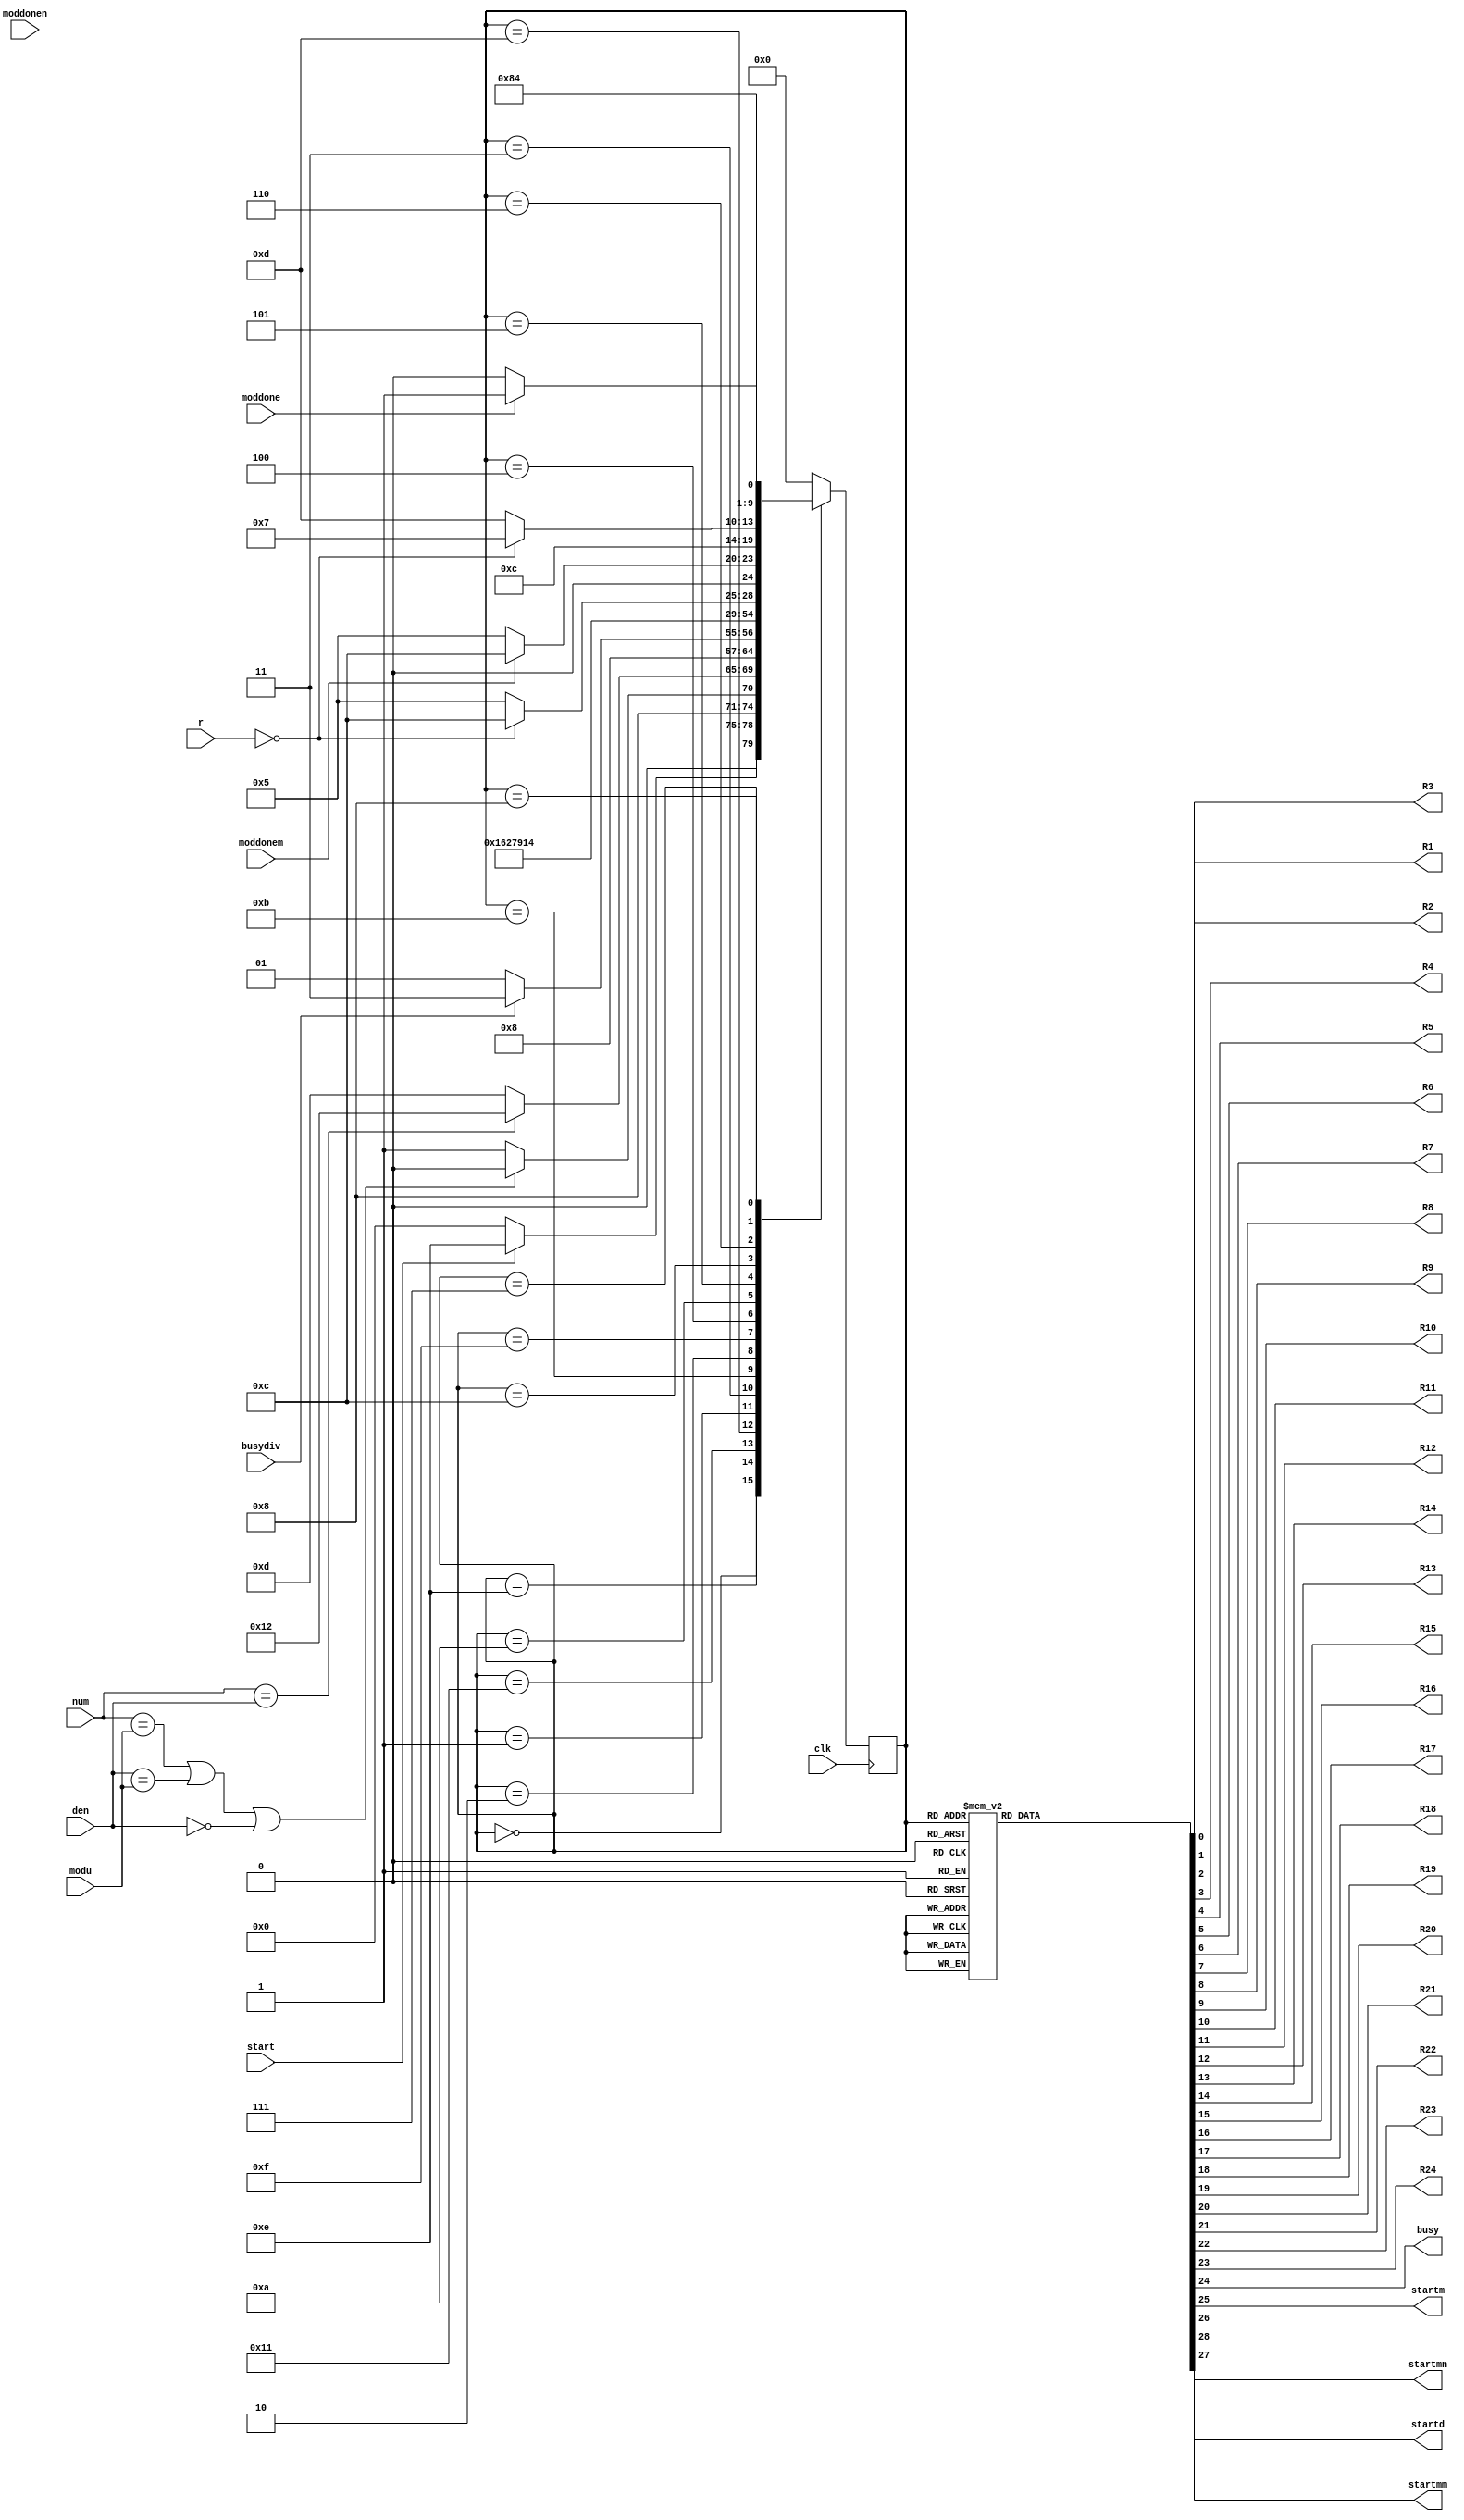
`timescale 1ns / 1ps
//////////////////////////////////////////////////////////////////////////////////
// Company: 
// Engineer: 
// 
// Design Name: 
// Module Name: Fracmod_FSM
// Project Name: 
// Target Devices: 
// Tool Versions: 
// Description: 
// 
// Dependencies: 
// 
// Revision:
// Revision 0.01 - File Created
// Additional Comments:
// 
//////////////////////////////////////////////////////////////////////////////////


module Fracmod_FSM(
    input clk,
    input start,busydiv, moddone, moddonem, moddonen,
    input [11:0] modu,
    input [12:0] num,
    input [12:0] den,
    input [12:0]r,   
    output reg R1, R2, R3, R4, R5, R6,R7, R8,R9, R10,R11, R12,R13, R14, R15, R16,R17, R18,R19,  R20, R21,R22,R23,R24,
    output reg busy,startm,startd,startmm, startmn
    );
    
    parameter Inicio  = 5'b00000;
    parameter preg1= 5'b01110;
    parameter salidaI=5'b10000;
    parameter preg2= 5'b10001;
    parameter salidaT=5'b10010;
    parameter div =5'b00001;
    parameter muln = 5'b00010;
    parameter mulm =5'b00011;
    parameter as1= 5'b00100;
    parameter preg= 5'b01010;
    parameter Mod1 = 5'b00101;
    parameter temp4= 5'b01100;
    parameter as2 = 5'b00110;
    parameter temp= 5'b01101;
    parameter temp2= 5'b01011;
    parameter temp3= 5'b01111;
    parameter as3 = 5'b00111;
    parameter Mod2 = 5'b01000;
    parameter salida = 5'b01001;


    reg [4:0] presente = Inicio; // Registro de Estado - Valor inicial
    reg [4:0] futuro;            // Entrada del registro de Estado

    // Registro de estado 
    always @(posedge clk)
        presente <= futuro;

    // Lgica del estado siguiente
    always @(presente, r, start,busydiv, moddone, moddonem, modu, num, den)
        case (presente)
            Inicio :
                if(start)
                    futuro <= preg1;            
                else
                    futuro <= Inicio;
            preg1:
                 if(num==modu || den==modu || den==11'd0)
                    futuro <= salidaI;            
                else
                    futuro <= preg2;
            salidaI:
                futuro <= Inicio;
            preg2:
                 if(num==den)
                    futuro <= salidaT;            
                else
                    futuro <= temp;
            salidaT:
                 futuro <= Inicio;                  
            temp: 
                futuro <= div;
            div:
                if(busydiv)
                    futuro <= mulm;                
                else
                    futuro <= div;
            mulm:
                 futuro <= temp2;
            temp2:
                futuro <= muln;
            muln:
                 futuro <= temp3;
           temp3:
                 futuro <= as1;            
            as1:
                futuro<=preg;
            preg:
                if(r==0)
                    futuro <= temp4;
                else
                    futuro <= Mod1;
            Mod1:
                if(moddonem)
                    futuro <= temp4;
                else
                    futuro <= Mod1;
            temp4:
                 futuro<=as2;
            as2:
                if(r==0)
                    futuro <= as3;
                else
                    futuro <= temp;
            as3:
                    futuro <= Mod2;
            Mod2:
                if(moddone)
                    futuro <= salida;
                else
                    futuro <= Mod2;
            salida:
                futuro <= Inicio; 
            default:
                futuro <= Inicio;
        endcase
    
    // Lgica de salida
    always @(presente)
        case (presente)
            Inicio : begin
                R1 <= 1'b0;
                R2 <= 1'b0;
                R3 <= 1'b0;
                R4 <= 1'b0;
                R5 <= 1'b0;
                R6 <= 1'b0;
                R7 <= 1'b0;
                R8 <= 1'b0;
                R9 <= 1'b0;
                R10 <= 1'b0;
                R11 <= 1'b0;
                R12 <= 1'b0;
                R13 <= 1'b1;
                R14 <= 1'b1;
                R15 <= 1'b1;
                R16 <= 1'b1;
                R17 <= 1'b1;
                R18 <= 1'b1;
                R19 <= 1'b1;
                R20 <= 1'b1;
                R21 <= 1'b1;
                R22 <= 1'b1;
                R23 <= 1'b1;
                R24 <= 1'b1;
                busy <= 1'b0;
                startm <= 1'b0;
                startd <= 1'b0;
                startmn <= 1'b0;
                startmm <= 1'b0;
            end
            preg1: begin
                R1 <= 1'b1;
                R2 <= 1'b0;
                R3 <= 1'b1;
                R4 <= 1'b0;
                R5 <= 1'b1;
                R6 <= 1'b0;
                R7 <= 1'b1;
                R8 <= 1'b0;
                R9 <= 1'b1;
                R10 <= 1'b0;
                R11 <= 1'b1;
                R12 <= 1'b0;
                R13 <= 1'b1;
                R14 <= 1'b1;
                R15 <= 1'b1;
                R16 <= 1'b1;
                R17 <= 1'b1;
                R18 <= 1'b1;
                R19 <= 1'b1;
                R20 <= 1'b0;
                R21 <= 1'b0;
                R22 <= 1'b0;
                R23 <= 1'b0;
                R24 <= 1'b0;
                busy <= 1'b0;
                startm <= 1'b0;
                startd <= 1'b0;
                startmn <= 1'b0;
                startmm <= 1'b0; 
            end 
            salidaI: begin
                R1 <= 1'b1;
                R2 <= 1'b0;
                R3 <= 1'b1;
                R4 <= 1'b0;
                R5 <= 1'b1;
                R6 <= 1'b0;
                R7 <= 1'b1;
                R8 <= 1'b0;
                R9 <= 1'b1;
                R10 <= 1'b0;
                R11 <= 1'b1;
                R12 <= 1'b0;
                R13 <= 1'b1;
                R14 <= 1'b1;
                R15 <= 1'b1;
                R16 <= 1'b1;
                R17 <= 1'b1;
                R18 <= 1'b1;
                R19 <= 1'b1;
                R20 <= 1'b0;
                R21 <= 1'b0;
                R22 <= 1'b0;
                R23 <= 1'b1;
                R24 <= 1'b0;
                busy <= 1'b1;
                startm <= 1'b0;
                startd <= 1'b0;
                startmn <= 1'b0;
                startmm <= 1'b0; 
            end 
            preg2: begin
                R1 <= 1'b1;
                R2 <= 1'b0;
                R3 <= 1'b1;
                R4 <= 1'b0;
                R5 <= 1'b1;
                R6 <= 1'b0;
                R7 <= 1'b1;
                R8 <= 1'b0;
                R9 <= 1'b1;
                R10 <= 1'b0;
                R11 <= 1'b1;
                R12 <= 1'b0;
                R13 <= 1'b1;
                R14 <= 1'b1;
                R15 <= 1'b1;
                R16 <= 1'b1;
                R17 <= 1'b1;
                R18 <= 1'b1;
                R19 <= 1'b1;
                R20 <= 1'b0;
                R21 <= 1'b0;
                R22 <= 1'b0;
                R23 <= 1'b0;
                R24 <= 1'b0;
                busy <= 1'b0;
                startm <= 1'b0;
                startd <= 1'b0;
                startmn <= 1'b0;
                startmm <= 1'b0; 
            end 
            salidaT: begin
                R1 <= 1'b1;
                R2 <= 1'b0;
                R3 <= 1'b1;
                R4 <= 1'b0;
                R5 <= 1'b1;
                R6 <= 1'b0;
                R7 <= 1'b1;
                R8 <= 1'b0;
                R9 <= 1'b1;
                R10 <= 1'b0;
                R11 <= 1'b1;
                R12 <= 1'b0;
                R13 <= 1'b1;
                R14 <= 1'b1;
                R15 <= 1'b1;
                R16 <= 1'b1;
                R17 <= 1'b1;
                R18 <= 1'b1;
                R19 <= 1'b1;
                R20 <= 1'b0;
                R21 <= 1'b0;
                R22 <= 1'b0;
                R23 <= 1'b0;
                R24 <= 1'b1;
                busy <= 1'b1;
                startm <= 1'b0;
                startd <= 1'b0;
                startmn <= 1'b0;
                startmm <= 1'b0; 
            end 
            temp: begin
                R1 <= 1'b1;
                R2 <= 1'b0;
                R3 <= 1'b1;
                R4 <= 1'b0;
                R5 <= 1'b1;
                R6 <= 1'b0;
                R7 <= 1'b1;
                R8 <= 1'b0;
                R9 <= 1'b1;
                R10 <= 1'b0;
                R11 <= 1'b1;
                R12 <= 1'b0;
                R13 <= 1'b1;
                R14 <= 1'b1;
                R15 <= 1'b1;
                R16 <= 1'b1;
                R17 <= 1'b1;
                R18 <= 1'b1;
                R19 <= 1'b1;
                R20 <= 1'b0;
                R21 <= 1'b0;
                R22 <= 1'b0;
                R23 <= 1'b0;
                R24 <= 1'b0;
                busy <= 1'b0;
                startm <= 1'b0;
                startd <= 1'b1;
                startmn <= 1'b0;
                startmm <= 1'b0; 
            end
            div : begin
                R1 <= 1'b1;
                R2 <= 1'b0;
                R3 <= 1'b1;
                R4 <= 1'b0;
                R5 <= 1'b1;
                R6 <= 1'b0;
                R7 <= 1'b1;
                R8 <= 1'b0;
                R9 <= 1'b1;
                R10 <= 1'b0;
                R11 <= 1'b1;
                R12 <= 1'b0;
                R13 <= 1'b0;
                R14 <= 1'b0;
                R15 <= 1'b1;
                R16 <= 1'b1;
                R17 <= 1'b1;
                R18 <= 1'b1;
                R19 <= 1'b1;
                R20 <= 1'b0;
                R21 <= 1'b0;
                R22 <= 1'b0;
                R23 <= 1'b0;
                R24 <= 1'b0;
                busy <= 1'b0;
                startm <= 1'b0;
                startd <= 1'b0;
                startmn <= 1'b0;
                startmm <= 1'b0; 
            end
            mulm: begin
                R1 <= 1'b1;
                R2 <= 1'b0;
                R3 <= 1'b1;
                R4 <= 1'b0;
                R5 <= 1'b1;
                R6 <= 1'b0;
                R7 <= 1'b1;
                R8 <= 1'b0;
                R9 <= 1'b1;
                R10 <= 1'b0;
                R11 <= 1'b1;
                R12 <= 1'b0;
                R13 <= 1'b1;
                R14 <= 1'b1;
                R15 <= 1'b1;
                R16 <= 1'b1;
                R17 <= 1'b1;
                R18 <= 1'b1;
                R19 <= 1'b0;
                R20 <= 1'b0;
                R21 <= 1'b0;
                R22 <= 1'b0;
                R23 <= 1'b0;
                R24 <= 1'b0;
                busy <= 1'b0;
                startm <= 1'b0;
                startd <= 1'b0;
                startmn <= 1'b0;
                startmm <= 1'b0; 
            end
            temp2:begin
                R1 <= 1'b1;
                R2 <= 1'b0;
                R3 <= 1'b1;
                R4 <= 1'b0;
                R5 <= 1'b1;
                R6 <= 1'b0;
                R7 <= 1'b1;
                R8 <= 1'b0;
                R9 <= 1'b1;
                R10 <= 1'b0;
                R11 <= 1'b1;
                R12 <= 1'b0;
                R13 <= 1'b1;
                R14 <= 1'b1;
                R15 <= 1'b1;
                R16 <= 1'b1;
                R17 <= 1'b1;
                R18 <= 1'b1;
                R19 <= 1'b0;
                R20 <= 1'b0;
                R21 <= 1'b0;
                R22 <= 1'b0;
                R23 <= 1'b0;
                R24 <= 1'b0;
                busy <= 1'b0;
                startm <= 1'b0;
                startd <= 1'b0;
                startmn <= 1'b0;
                startmm <= 1'b0; 
            end
            muln: begin
                R1 <= 1'b1;
                R2 <= 1'b0;
                R3 <= 1'b1;
                R4 <= 1'b0;
                R5 <= 1'b1;
                R6 <= 1'b0;
                R7 <= 1'b1;
                R8 <= 1'b0;
                R9 <= 1'b1;
                R10 <= 1'b0;
                R11 <= 1'b1;
                R12 <= 1'b0;
                R13 <= 1'b1;
                R14 <= 1'b1;
                R15 <= 1'b0;
                R16 <= 1'b0;
                R17 <= 1'b0;
                R18 <= 1'b1;
                R19 <= 1'b1;
                R20 <= 1'b0;
                R21 <= 1'b0;
                R22 <= 1'b0;
                R23 <= 1'b0;
                R24 <= 1'b0;
                busy <= 1'b0;
                startm <= 1'b0;
                startd <= 1'b0;
                startmn <= 1'b0;
                startmm <= 1'b0; 
            end
            temp3:begin
                R1 <= 1'b1;
                R2 <= 1'b0;
                R3 <= 1'b1;
                R4 <= 1'b0;
                R5 <= 1'b1;
                R6 <= 1'b0;
                R7 <= 1'b1;
                R8 <= 1'b0;
                R9 <= 1'b1;
                R10 <= 1'b0;
                R11 <= 1'b1;
                R12 <= 1'b0;
                R13 <= 1'b1;
                R14 <= 1'b1;
                R15 <= 1'b0;
                R16 <= 1'b0;
                R17 <= 1'b0;
                R18 <= 1'b1;
                R19 <= 1'b1;
                R20 <= 1'b0;
                R21 <= 1'b0;
                R22 <= 1'b0;
                R23 <= 1'b0;
                R24 <= 1'b0;
                busy <= 1'b0;
                startm <= 1'b0;
                startd <= 1'b0;
                startmn <= 1'b0;
                startmm <= 1'b0; 
            end
            as1: begin
                R1 <= 1'b1;
                R2 <= 1'b0;
                R3 <= 1'b1;
                R4 <= 1'b0;
                R5 <= 1'b1;
                R6 <= 1'b0;
                R7 <= 1'b1;
                R8 <= 1'b0;
                R9 <= 1'b1;
                R10 <= 1'b0;
                R11 <= 1'b1;
                R12 <= 1'b0;
                R13 <= 1'b1;
                R14 <= 1'b1;
                R15 <= 1'b0;
                R16 <= 1'b0;
                R17 <= 1'b1;
                R18 <= 1'b1;
                R19 <= 1'b1;
                R20 <= 1'b0;
                R21 <= 1'b0;
                R22 <= 1'b0;
                R23 <= 1'b0;
                R24 <= 1'b0;
                busy <= 1'b0;
                startm <= 1'b0;
                startd <= 1'b0;
                startmn <= 1'b0;
                startmm <= 1'b0; 
            end
            preg: begin
                R1 <= 1'b1;
                R2 <= 1'b0;
                R3 <= 1'b1;
                R4 <= 1'b0;
                R5 <= 1'b1;
                R6 <= 1'b0;
                R7 <= 1'b1;
                R8 <= 1'b0;
                R9 <= 1'b1;
                R10 <= 1'b0;
                R11 <= 1'b1;
                R12 <= 1'b0;
                R13 <= 1'b1;
                R14 <= 1'b1;
                R15 <= 1'b1;
                R16 <= 1'b1;
                R17 <= 1'b1;
                R18 <= 1'b1;
                R19 <= 1'b1;
                R20 <= 1'b0;
                R21 <= 1'b0;
                R22 <= 1'b0;
                R23 <= 1'b0;
                R24 <= 1'b0;
                busy <= 1'b0;
                startm <= 1'b0;
                startd <= 1'b0;
                startmn <= 1'b0;
                startmm <= 1'b0; 
            end            
            Mod1: begin
                R1 <= 1'b1;
                R2 <= 1'b0;
                R3 <= 1'b1;
                R4 <= 1'b0;
                R5 <= 1'b1;
                R6 <= 1'b0;
                R7 <= 1'b1;
                R8 <= 1'b0;
                R9 <= 1'b1;
                R10 <= 1'b0;
                R11 <= 1'b1;
                R12 <= 1'b0;
                R13 <= 1'b1;
                R14 <= 1'b1;
                R15 <= 1'b1;
                R16 <= 1'b1;
                R17 <= 1'b1;
                R18 <= 1'b1;
                R19 <= 1'b1;
                R20 <= 1'b0;
                R21 <= 1'b0;
                R22 <= 1'b0;
                R23 <= 1'b0;
                R24 <= 1'b0;
                busy <= 1'b0;
                startm <= 1'b0;
                startd <= 1'b0;
                startmn <= 1'b1;
                startmm <= 1'b1; 
            end
            temp4:begin
                R1 <= 1'b1;
                R2 <= 1'b0;
                R3 <= 1'b1;
                R4 <= 1'b0;
                R5 <= 1'b1;
                R6 <= 1'b0;
                R7 <= 1'b1;
                R8 <= 1'b0;
                R9 <= 1'b1;
                R10 <= 1'b0;
                R11 <= 1'b1;
                R12 <= 1'b0;
                R13 <= 1'b1;
                R14 <= 1'b1;
                R15 <= 1'b0;
                R16 <= 1'b0;
                R17 <= 1'b1;
                R18 <= 1'b1;
                R19 <= 1'b1;
                R20 <= 1'b1;
                R21 <= 1'b1;
                R22 <= 1'b0;
                R23 <= 1'b0;
                R24 <= 1'b0;
                busy <= 1'b0;
                startm <= 1'b0;
                startd <= 1'b0;
                startmn <= 1'b0;
                startmm <= 1'b0;
            end
            as2: begin
                R1 <= 1'b0;
                R2 <= 1'b1;
                R3 <= 1'b0;
                R4 <= 1'b1;
                R5 <= 1'b0;
                R6 <= 1'b1;
                R7 <= 1'b0;
                R8 <= 1'b1;
                R9 <= 1'b0;
                R10 <= 1'b1;
                R11 <= 1'b0;
                R12 <= 1'b1;
                R13 <= 1'b1;
                R14 <= 1'b1;
                R15 <= 1'b1;
                R16 <= 1'b1;
                R17 <= 1'b1;
                R18 <= 1'b1;
                R19 <= 1'b1;
                R20 <= 1'b0;
                R21 <= 1'b0;
                R22 <= 1'b0;
                R23 <= 1'b0;
                R24 <= 1'b0;
                busy <= 1'b0;
                startm <= 1'b0;
                startd <= 1'b0;
                startmn <= 1'b0;
                startmm <= 1'b0; 
            end
            
            as3: begin
                R1 <= 1'b1;
                R2 <= 1'b0;
                R3 <= 1'b1;
                R4 <= 1'b0;
                R5 <= 1'b1;
                R6 <= 1'b0;
                R7 <= 1'b1;
                R8 <= 1'b0;
                R9 <= 1'b1;
                R10 <= 1'b0;
                R11 <= 1'b1;
                R12 <= 1'b0;
                R13 <= 1'b1;
                R14 <= 1'b1;
                R15 <= 1'b1;
                R16 <= 1'b1;
                R17 <= 1'b1;
                R18 <= 1'b0;
                R19 <= 1'b1;
                R20 <= 1'b0;
                R21 <= 1'b0;
                R22 <= 1'b0;
                R23 <= 1'b0;
                R24 <= 1'b0;
                busy <= 1'b0;
                startm <= 1'b0;
                startd <= 1'b0;
                startmn <= 1'b0;
                startmm <= 1'b0; 
            end
            Mod2: begin
                R1 <= 1'b1;
                R2 <= 1'b0;
                R3 <= 1'b1;
                R4 <= 1'b0;
                R5 <= 1'b1;
                R6 <= 1'b0;
                R7 <= 1'b1;
                R8 <= 1'b0;
                R9 <= 1'b1;
                R10 <= 1'b0;
                R11 <= 1'b1;
                R12 <= 1'b0;
                R13 <= 1'b1;
                R14 <= 1'b1;
                R15 <= 1'b1;
                R16 <= 1'b1;
                R17 <= 1'b1;
                R18 <= 1'b1;
                R19 <= 1'b1;
                R20 <= 1'b0;
                R21 <= 1'b0;
                R22 <= 1'b0;
                R23 <= 1'b0;
                R24 <= 1'b0;
                busy <= 1'b0;
                startm <= 1'b1;
                startd <= 1'b0;
                startmn <= 1'b0;
                startmm <= 1'b0; 
            end
            salida: begin
                R1 <= 1'b1;
                R2 <= 1'b0;
                R3 <= 1'b1;
                R4 <= 1'b0;
                R5 <= 1'b1;
                R6 <= 1'b0;
                R7 <= 1'b1;
                R8 <= 1'b0;
                R9 <= 1'b1;
                R10 <= 1'b0;
                R11 <= 1'b1;
                R12 <= 1'b0;
                R13 <= 1'b1;
                R14 <= 1'b1;
                R15 <= 1'b1;
                R16 <= 1'b1;
                R17 <= 1'b1;
                R18 <= 1'b1;
                R19 <= 1'b1;
                R20 <= 1'b0;
                R21 <= 1'b0;
                R22 <= 1'b0;
                R23 <= 1'b0;
                R24 <= 1'b0;
                busy <= 1'b1;
                startm <= 1'b0;
                startd <= 1'b0;
                startmn <= 1'b0;
                startmm <= 1'b0; 
            end
            default: begin
                R1 <= 1'b0;
                R2 <= 1'b0;
                R3 <= 1'b0;
                R4 <= 1'b0;
                R5 <= 1'b0;
                R6 <= 1'b0;
                R7 <= 1'b0;
                R8 <= 1'b0;
                R9 <= 1'b0;
                R10 <= 1'b0;
                R11 <= 1'b0;
                R12 <= 1'b0;
                R13 <= 1'b1;
                R14 <= 1'b1;
                R15 <= 1'b1;
                R16 <= 1'b1;
                R17 <= 1'b1;
                R18 <= 1'b1;
                R19 <= 1'b1;
                R20 <= 1'b0;
                R21 <= 1'b0;
                R22 <= 1'b0;
                R23 <= 1'b0;
                R24 <= 1'b0;
                busy <= 1'b0;
                startm <= 1'b0;
                startd <= 1'b0;
                startmn <= 1'b0;
                startmm <= 1'b0; 
            end
      endcase
        
endmodule